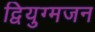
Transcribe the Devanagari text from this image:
द्वियुग्मजन